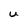
Character: U